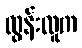
ထွန်းလူက